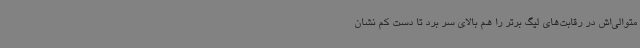
متوالی‌اش در رقابت‌های لیگ برتر را هم بالای سر برد تا دست‌ کم نشان